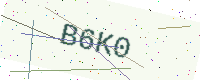
Text: B6K0